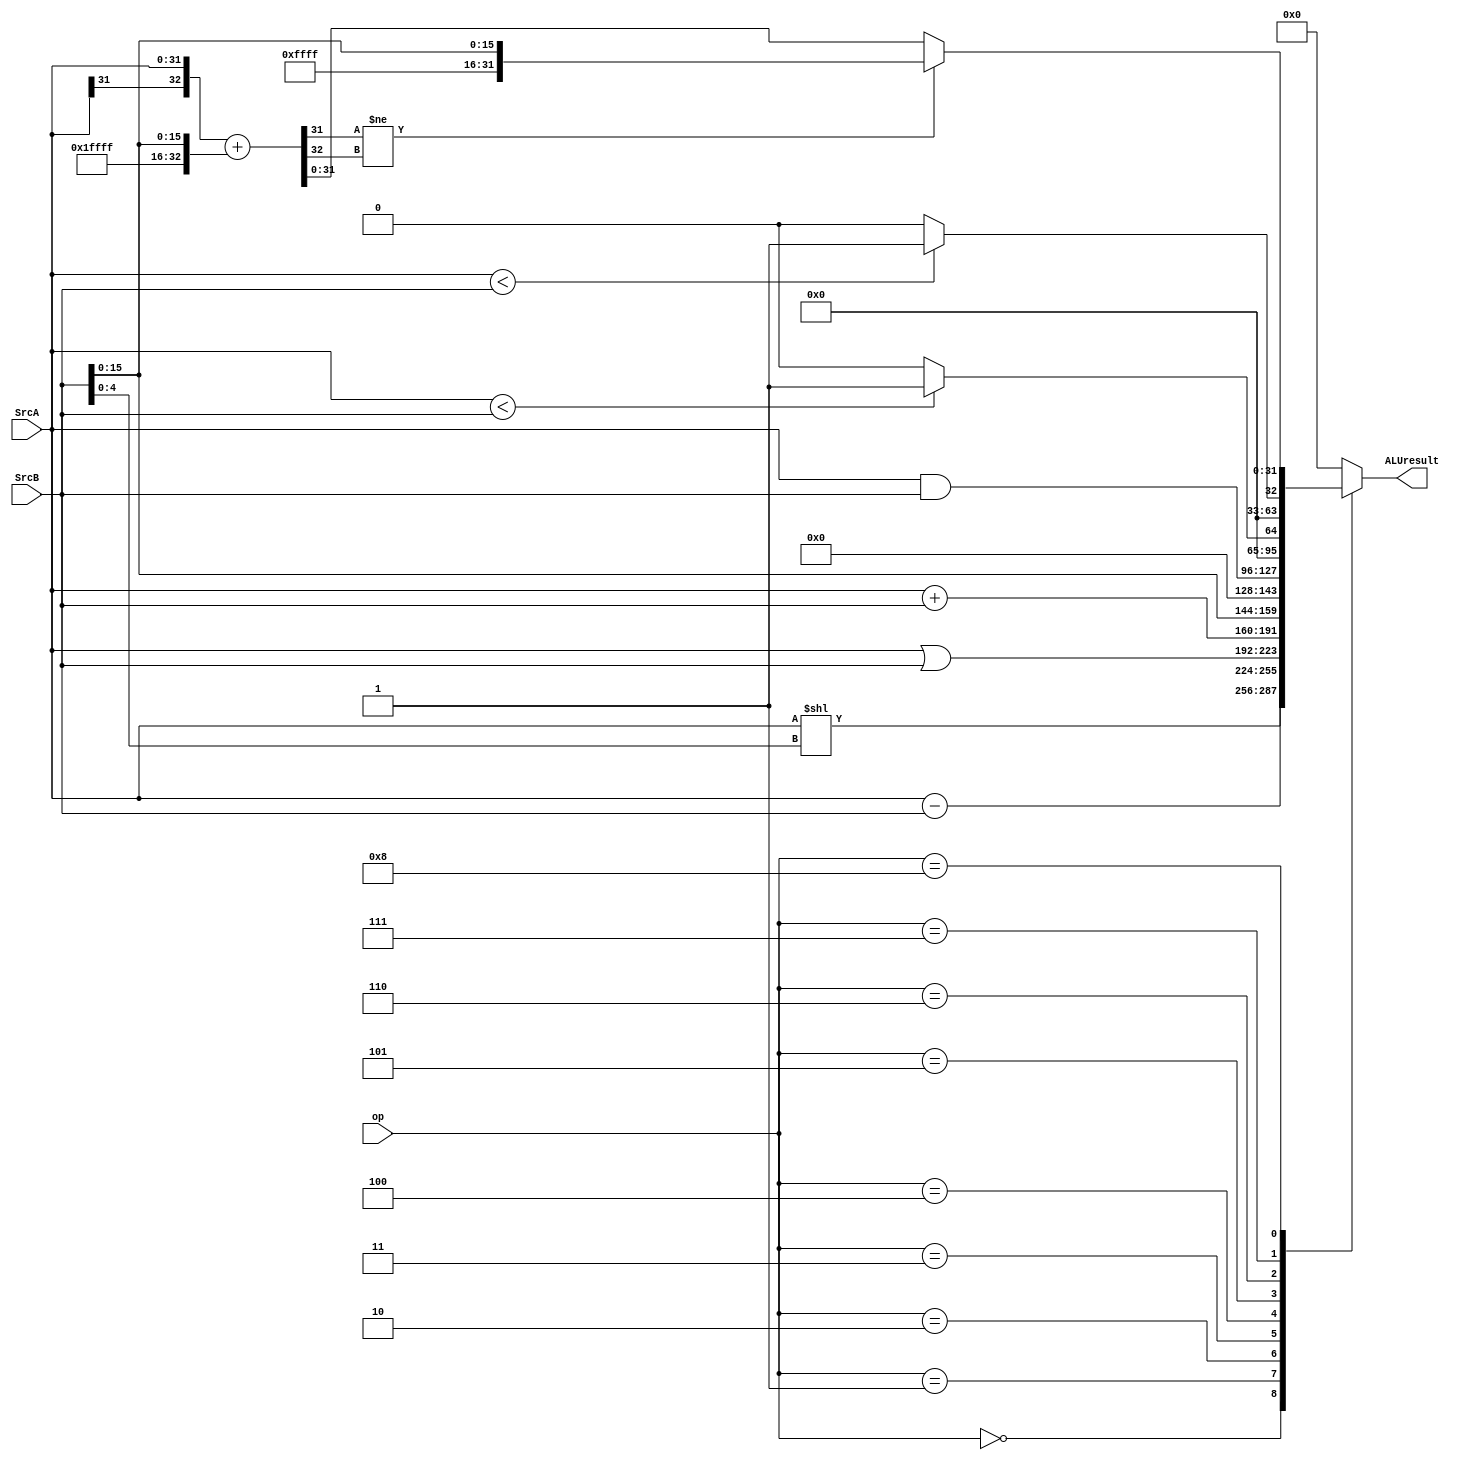
module ALU(
    input [31:0] SrcA,
    input [31:0] SrcB,
    input [3:0] op,
    output [31:0] ALUresult
);
    parameter sll = 4'd0;
    parameter sub = 4'd1;
    parameter ori = 4'd2;
    parameter add = 4'd3;
    parameter lui = 4'd4;
    parameter and_= 4'd5;
    parameter slt = 4'd6;
    parameter sltu= 4'd7;
    parameter new_= 4'd8;
    reg [31:0] rst;
    assign ALUresult = rst;
    wire [31:0] one_ext_imm = {16'hffff,SrcB[15:0]};
    wire [32:0] temp = {SrcA[31],SrcA} + {one_ext_imm[31],one_ext_imm};
    always @(*) begin
        case (op)
            sll:
                rst = SrcA << SrcB[4:0];
            sub:
                rst = SrcA - SrcB;
            ori:
                rst = SrcA | SrcB;
            add:
                rst = SrcA + SrcB;
            lui: 
                rst = SrcB << 16;
            and_:
                rst = SrcA & SrcB;
            slt:
                rst = $signed(SrcA) < $signed(SrcB) ? 32'b1 : 32'b0;
            sltu:
                rst = SrcA < SrcB ? 32'b1 : 32'b0;
            new_:begin
                if(temp[31] != temp[32])
                    rst = one_ext_imm;
                else 
                    rst = temp;
            end
            default: 
                rst = 32'd0;
        endcase
    end
	
endmodule


//`ALU_srl: C = B >> shamt;
//`ALU_sra: C = $signed($signed(B) >> shamt);